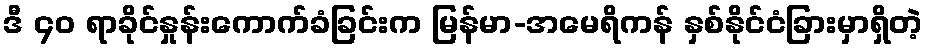
ဒီ ၄၀ ရာခိုင်နှုန်းကောက်ခံခြင်းက မြန်မာ-အမေရိကန် နှစ်နိုင်ငံခြားမှာရှိတဲ့